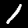
Label: 1